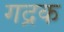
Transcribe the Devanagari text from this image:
गद्रक